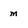
Character: m